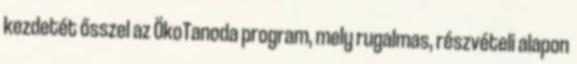
kezdetét ősszel az ÖkoTanoda program, mely rugalmas, részvételi alapon